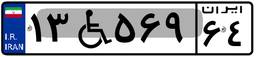
۱۳W۵۶۹۶۴